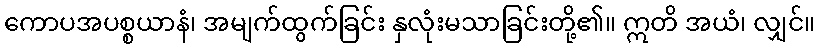
ကောပအပစ္စယာနံ၊ အမျက်ထွက်ခြင်း နှလုံးမသာခြင်းတို့၏။ ဣတိ အယံ၊ လျှင်။